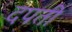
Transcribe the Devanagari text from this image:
दपती